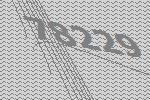
78229